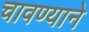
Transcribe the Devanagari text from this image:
चावण्याने